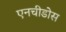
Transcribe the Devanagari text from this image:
एनचीडोस